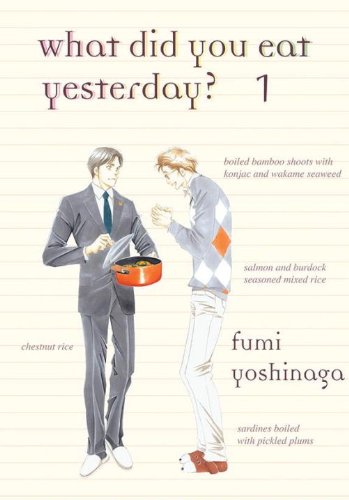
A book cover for What Did You Eat Yesterday?, Volume 1; Fumi Yoshinaga; Comics & Graphic Novels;